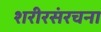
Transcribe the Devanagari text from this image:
शरीरसंरचना